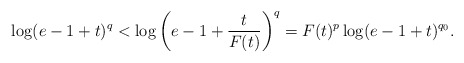
\begin{align*} \log(e-1+t)^q<\log\bigg(e-1+\frac{t}{F(t)}\bigg)^q=F(t)^p\log(e-1+t)^{q_0}.\end{align*}